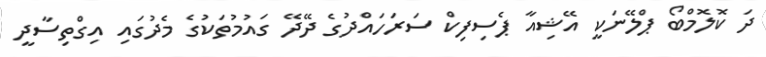
ދަ ކޮލޮމްބޯ ޕްލޭނަކީ އޭޝިއާ ޕެސިފިކް ސަރަހައްދުގެ ދޭދޭ ގައުމުތަކުގެ މެދުގައި އިގްތިސާދީ